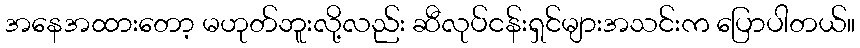
အနေအထားတော့ မဟုတ်ဘူးလို့လည်း ဆီလုပ်ငန်းရှင်များအသင်းက ပြောပါတယ်။